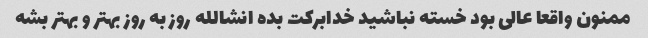
ممنون واقعا عالی بود خسته نباشید خدابرکت بده انشالله روز به روز بهتر و بهتر بشه